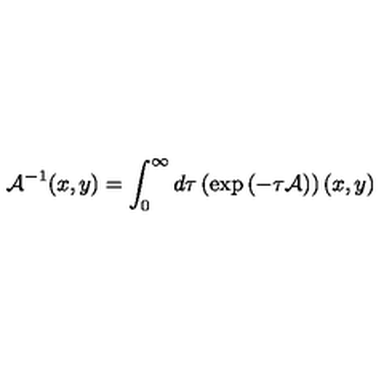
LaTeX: { \cal A } ^ { - 1 } ( x , y ) = \int _ { 0 } ^ { \infty } d \tau \left( \exp \left( - \tau { \cal A } \right) \right) ( x , y )